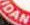
DAN